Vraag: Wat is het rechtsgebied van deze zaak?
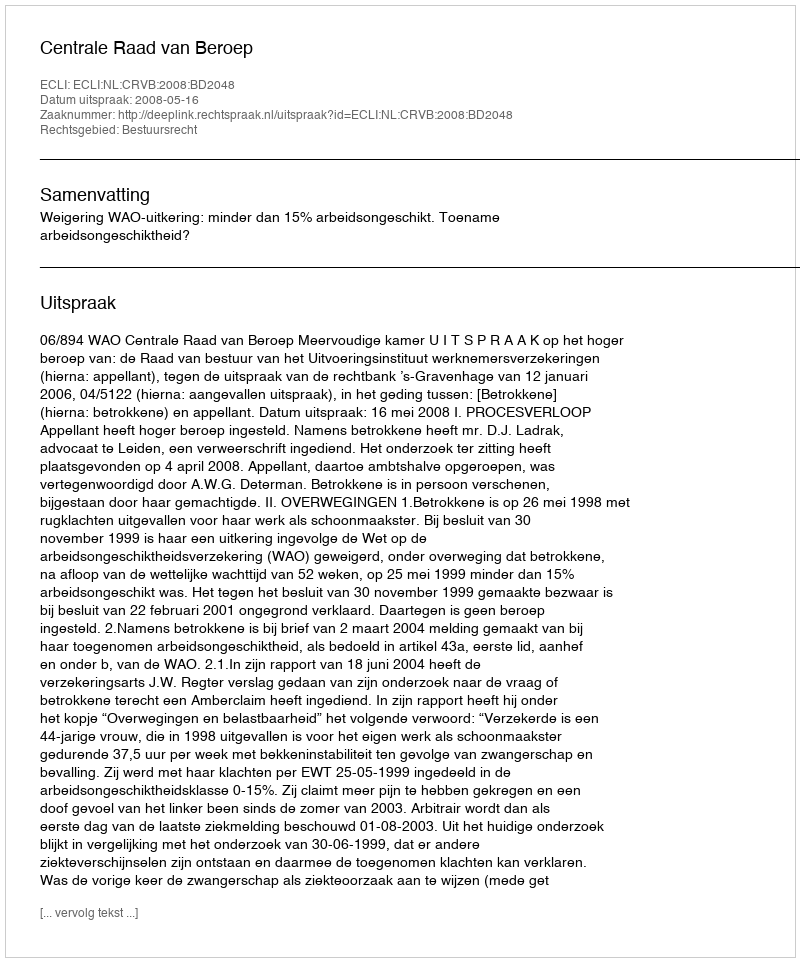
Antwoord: Bestuursrecht